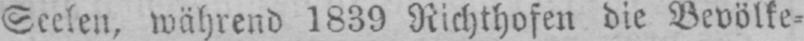
Seelen, während 1839 Richthofen die Bevölke⸗